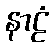
နာဠံ